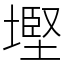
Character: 𡐖